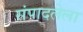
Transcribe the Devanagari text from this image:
संपादलेला